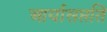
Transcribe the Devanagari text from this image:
आर्यासप्तति